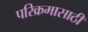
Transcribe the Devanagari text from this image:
परिक्रमासाठी